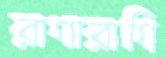
রাগারাগি